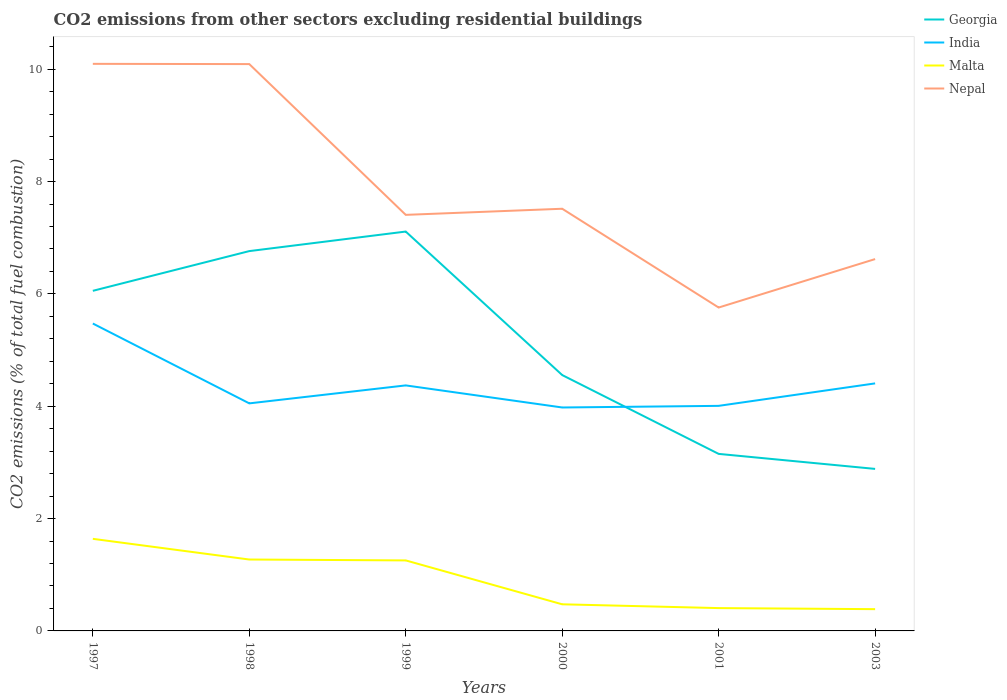
| Years | Georgia | India | Malta | Nepal |
 | --- | --- | --- | --- | --- |
 | 1997 | 6.06 | 5.47 | 1.64 | 10.1 |
 | 1998 | 6.76 | 4.05 | 1.27 | 10.1 |
 | 1999 | 7.11 | 4.37 | 1.26 | 7.41 |
 | 2000 | 4.56 | 3.98 | 0.474 | 7.52 |
 | 2001 | 3.15 | 4.01 | 0.407 | 5.76 |
 | 2003 | 2.88 | 4.41 | 0.388 | 6.62 |